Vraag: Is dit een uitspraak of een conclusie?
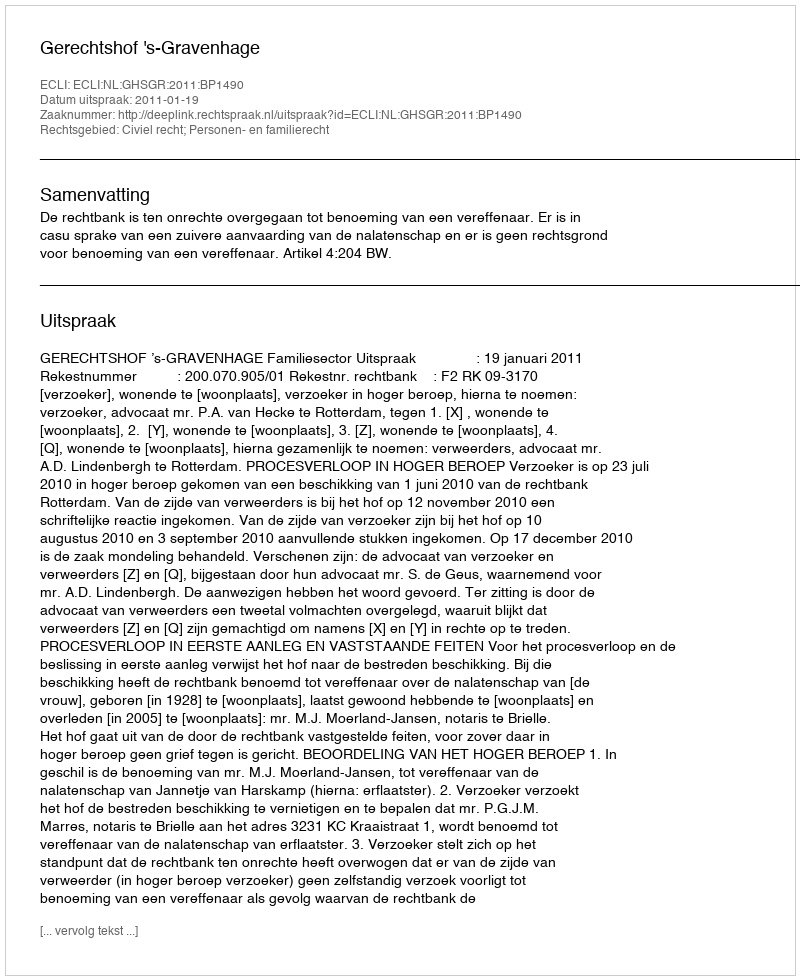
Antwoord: Uitspraak